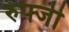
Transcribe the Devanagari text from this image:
रुफ्जी